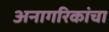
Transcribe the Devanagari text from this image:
अनागरिकांचा